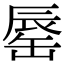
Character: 𨑅